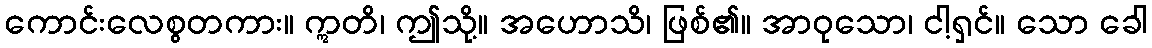
ကောင်းလေစွတကား။ ဣတိ၊ ဤသို့။ အဟောသိ၊ ဖြစ်၏။ အာဝုသော၊ ငါ့ရှင်။ သော ခေါ